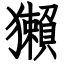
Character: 獺